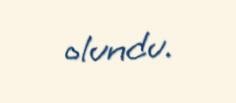
olundu.